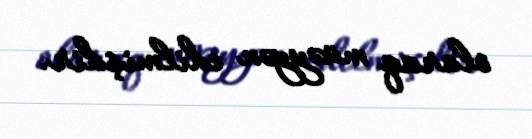
olaraq müəyyən edilmişdir.